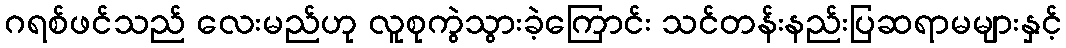
ဂရစ်ဖင်သည် လေးမည်ဟု လူစုကွဲသွားခဲ့ကြောင်း သင်တန်းနည်းပြဆရာမများနှင့်